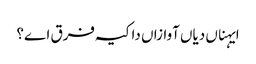
ایہناں دیاں آوازاں دا کیہ فرق اے؟